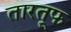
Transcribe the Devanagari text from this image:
तारतूफ